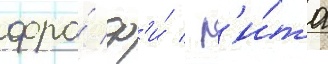
фра́ ф'и́ / р'и́та